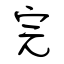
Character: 完